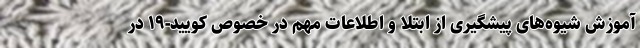
آموزش شیوه‌های پیشگیری از ابتلا و اطلاعات مهم در خصوص کویید-۱۹ در